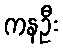
ကနဦး